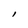
Character: l